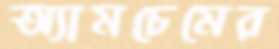
অ্যামচেমের